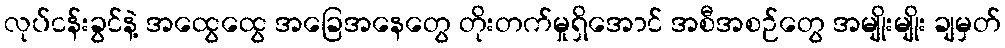
လုပ်ငန်းခွင်နဲ့ အထွေထွေ အခြေအနေတွေ တိုးတက်မှုရှိအောင် အစီအစဉ်တွေ အမျိုးမျိုး ချမှတ်